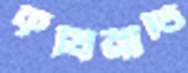
কৃষিনীতি